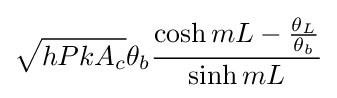
{\sqrt {hPkA_{c}}}\theta _{b}{\frac {\cosh {mL}-{\frac {\theta _{L}}{\theta _{b}}}}{\sinh {mL}}}